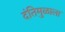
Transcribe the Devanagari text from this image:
दंतिमुळाला